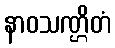
နာဝသဏ္ဌိတံ